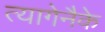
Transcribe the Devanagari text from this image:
त्यागेनैके